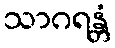
သာဂရန္တံ